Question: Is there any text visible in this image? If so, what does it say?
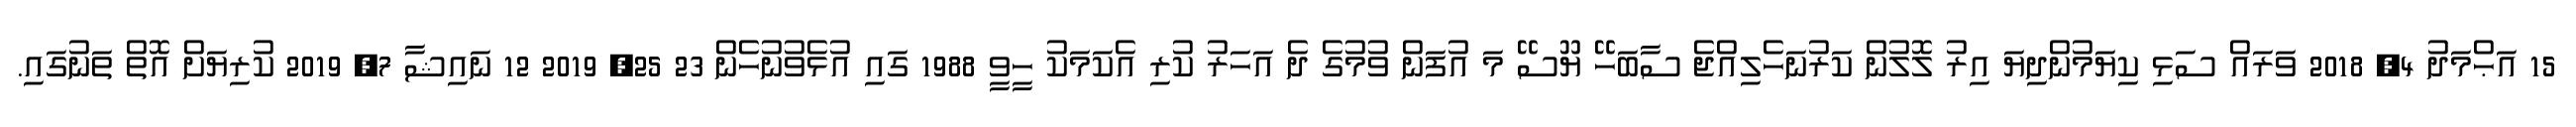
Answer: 15 އަޙްމަދު 4, 2018 ވަރައް ސަޅި ކިޔަމުންދިޔަ އިރު ލޮލުން ކަރުނަހެލިއްޖެ ސާބަހޭ ޔޫސޭ މަ އުފަން ވުމުގެ ދެ އަހަރު ކުރި އެކަމަކު ހީވީ 1988 ގައި އުޅެވުނުހެން 23 25, 2019 12 ނައިޝާ 7, 2019 ކުރިޔަށް އޮތް ތަނުގައި.